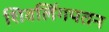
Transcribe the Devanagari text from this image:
शिवलिंगपतन